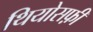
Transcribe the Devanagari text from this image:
थियोसफ़ी